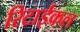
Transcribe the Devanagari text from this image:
रिटाईकल